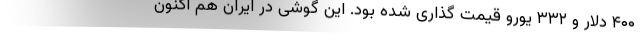
۴۰۰ دلار و ۳۳۲ یورو قیمت گذاری شده بود. این گوشی در ایران هم اکنون